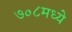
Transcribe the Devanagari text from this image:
७०८मध्ये